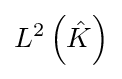
L^{2}\left({\hat {K}}\right)